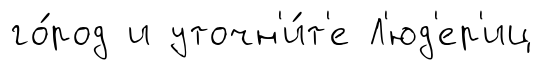
го́род и уточн'и́т'е Л'юд'ер'иц